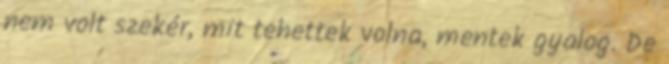
nem volt szekér, mit tehettek volna, mentek gyalog. De